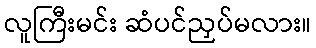
လူကြီးမင်း ဆံပင်ညှပ်မလား။